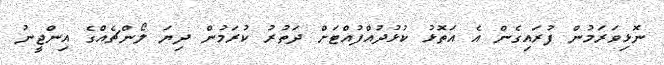
ނޮޅިވަރަމުން ފުރައިގެން އެ އަތޮޅު ކުޅުދުއްފުއްޓަށް ދަތުރު ކުރަމުން ދިޔަ ލޯންޗެއްގެ އިންޖީނު